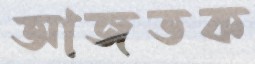
আজতক